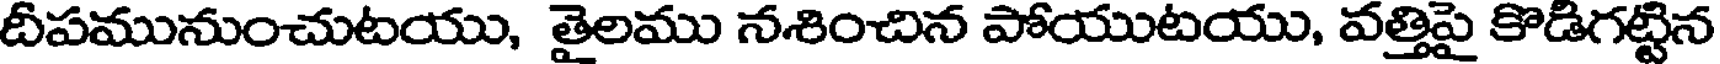
దీపమునుంచుటయు, తైలము నశించిన పోయుటయు, వత్తిపై కొడిగట్టిన